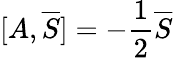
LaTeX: [A,{\overline{{S}}}]=-{\frac{1}{2}}{\overline{{S}}}